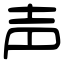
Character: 声